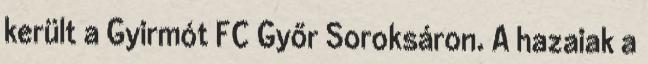
került a Gyirmót FC Győr Soroksáron. A hazaiak a